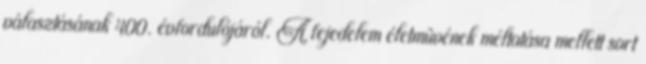
választásának 400. évfordulójáról. A fejedelem életmûvének méltatása mellett sort